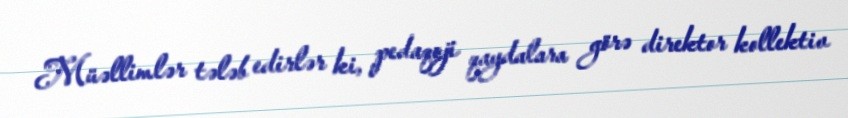
Müəllimlər tələb edirlər ki, pedaqoji qaydalara görə direktor kollektiv